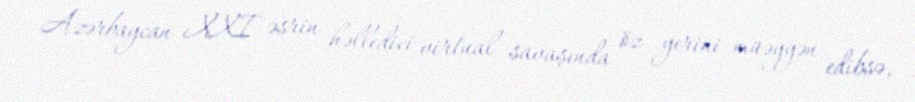
Azərbaycan XXI əsrin həlledici virtual savaşında öz yerini müəyyən edibsə,